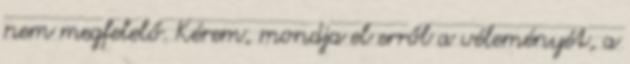
nem megfelelő. Kérem, mondja el erről a véleményét, a